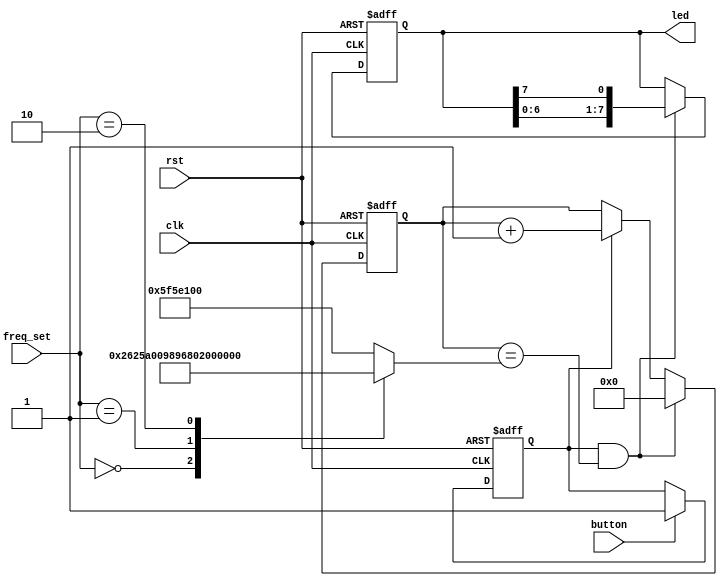
module flowing_water_lights(
	input wire clk,
	input wire rst,
	input wire button,
	input wire [1:0]freq_set,
	output reg [7:0]led
);
	reg [26:0] clk_div;
	reg [26:0] cnt;
	reg cnt_inc = 1'b0;
	
	wire cnt_end = cnt_inc & (cnt == clk_div);
	
	always @(*)begin
		case(freq_set)
			2'b00 : clk_div=27'd10000000;
			2'b01 : clk_div=27'd20000000;
			2'b10 : clk_div=27'd50000000;
			default : clk_div=27'd100000000;
		endcase
	end
	
	always @(posedge clk or posedge rst)begin
		if (rst) 			
			cnt_inc <= 1'b0;
		else if (button) 	
			cnt_inc <= 1'b1;
		else
		    cnt_inc <= cnt_inc;
	end
	
	always @(posedge clk or posedge rst)begin
		if (rst)			
			led <= 8'd1;
		else if(cnt_end)		 	
		    led <= {led[6:0],led[7]};
		else
		    led <= led;
	end
	
	always @(posedge clk or posedge rst)begin
		if (rst) 			
			cnt <= 27'd0;
		else if (cnt_end)
			cnt <= 27'd0;
		else if (cnt_inc) 	
			cnt <= cnt + 27'd1;
		else
		    cnt <= cnt;
	end
	
endmodule